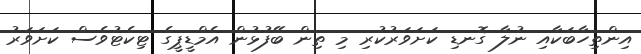
އިންތިހާބަކާއި ނުލާ ގޮނޑި ކަށަވަރުކުރި މި ތިން ބޭފުޅުން އެމްޑީޕީގެ ޓިކެޓުވެސް ކަށަވަރު